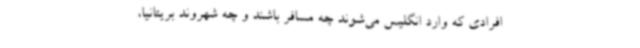
افرادی که وارد انگلیس می‌شوند چه مسافر باشند و چه شهروند بریتانیا،